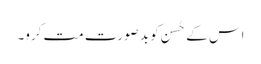
اس کے حُسن کو بد صورت مت کرو۔